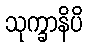
သုက္ခာနိပိ